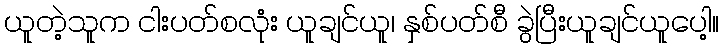
ယူတဲ့သူက ငါးပတ်စလုံး ယူချင်ယူ၊ နှစ်ပတ်စီ ခွဲပြီးယူချင်ယူပေါ့။